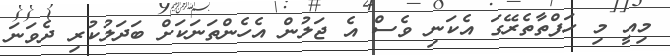
މިއީ މި ހަފްތާތެރޭގަ އެކަނި ވެސް އެ ޖަލުން އެހެންތަނަކަށް ބަދަލުކުރި ދެވަނަ